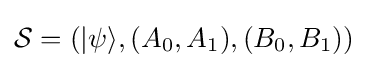
{\mathcal {S}}=\left(|\psi \rangle ,(A_{0},A_{1}),(B_{0},B_{1})\right)